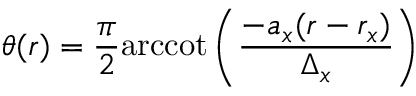
\theta ( r ) = \frac { \pi } { 2 } \mathrm { a r c c o t } \left( \frac { - a _ { x } ( r - r _ { x } ) } { \Delta _ { x } } \right)